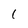
Character: 1